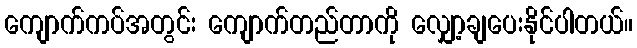
ကျောက်ကပ်အတွင်း ကျောက်တည်တာကို လျှော့ချပေးနိုင်ပါတယ်။